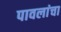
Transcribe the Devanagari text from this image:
पावलांचा